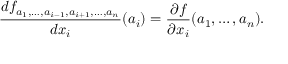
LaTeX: { \frac { d f _ { a _ { 1 } , \ldots , a _ { i - 1 } , a _ { i + 1 } , \ldots , a _ { n } } } { d x _ { i } } } ( a _ { i } ) = { \frac { \partial f } { \partial x _ { i } } } ( a _ { 1 } , \ldots , a _ { n } ) .